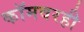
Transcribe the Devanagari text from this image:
कॉमवरही